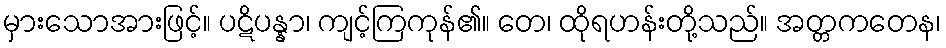
မှားသောအားဖြင့်။ ပဋိပန္နာ၊ ကျင့်ကြကုန်၏။ တေ၊ ထိုရဟန်းတို့သည်။ အတ္တကတေန၊